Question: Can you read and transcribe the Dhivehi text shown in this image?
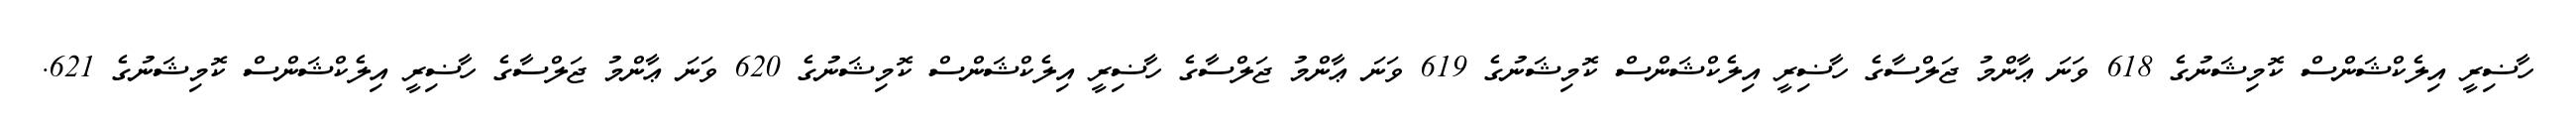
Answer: ހާޟިރީ އިލެކްޝަންސް ކޮމިޝަނުގެ 618 ވަނަ ޢާންމު ޖަލްސާގެ ހާޟިރީ އިލެކްޝަންސް ކޮމިޝަނުގެ 619 ވަނަ ޢާންމު ޖަލްސާގެ ހާޟިރީ އިލެކްޝަންސް ކޮމިޝަނުގެ 620 ވަނަ ޢާންމު ޖަލްސާގެ ހާޟިރީ އިލެކްޝަންސް ކޮމިޝަނުގެ 621.